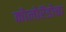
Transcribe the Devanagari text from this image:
कोलोरॅडोचा